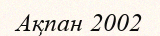
Ақпан 2002